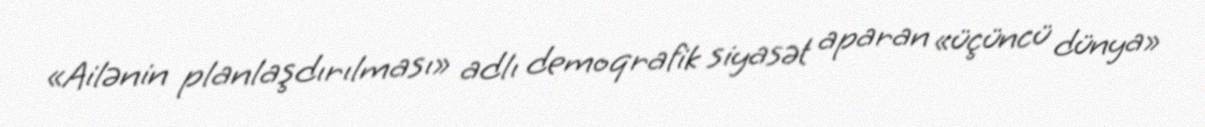
«Ailənin planlaşdırılması» adlı demoqrafik siyasət aparan «üçüncü dünya»